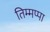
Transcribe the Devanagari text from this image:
तिम्मप्पा